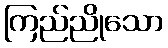
ကြည်ညိုသော